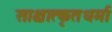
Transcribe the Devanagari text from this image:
साक्षात्कृतधर्मा